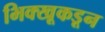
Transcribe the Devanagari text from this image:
भिक्खूकडून